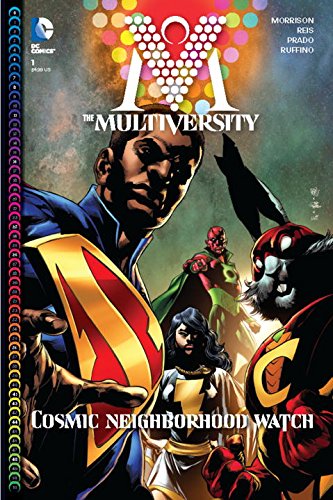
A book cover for The Multiversity Deluxe Edition; Grant Morrison; Comics & Graphic Novels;